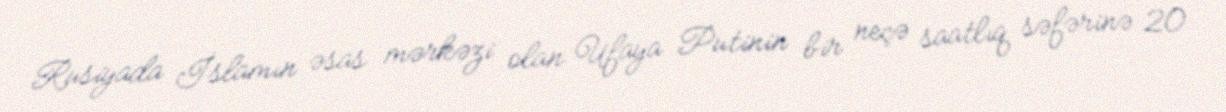
Rusiyada İslamın əsas mərkəzi olan Ufaya Putinin bir neçə saatlıq səfərinə 20